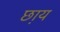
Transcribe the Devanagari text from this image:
छ़ाय